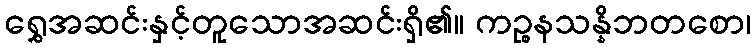
ရွှေအဆင်းနှင့်တူသောအဆင်းရှိ၏။ ကဉ္စနသန္နိဘတစော၊